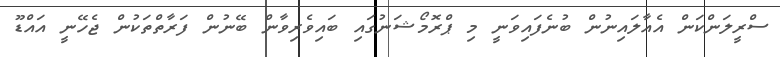
ސްރީލަންކަން އެއާލައިނުން ބުނެފައިވަނީ މި ޕްރޮމޯޝަނުގައި ބައިވެރިވާން ބޭނުން ފަރާތްތަކުން ޖެހޭނީ އައްޑޫ